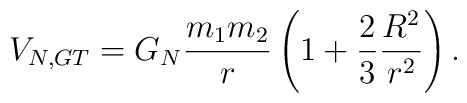
V_{N,GT} = G_N \frac{m_1 m_2}{r}\left( 1 + \frac{2}{3} \frac{R^2}{r^2} \right).